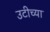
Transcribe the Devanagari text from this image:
उटीच्या